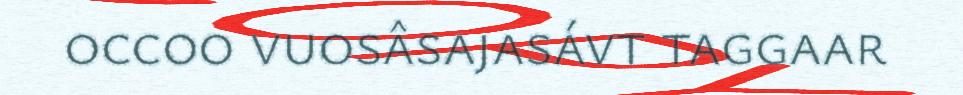
occoo vuosâsajasávt taggaar